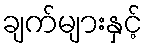
ချက်များနှင့်